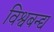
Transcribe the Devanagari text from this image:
विश्वबन्द्य